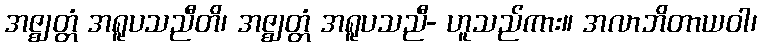
အဇ္ဈတ္တံ အရူပသညီတိ၊ အဇ္ဈတ္တံ အရူပသညီ- ဟူသည်ကား။ အလာဘိတာယဝါ၊